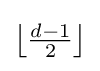
\textstyle \left\lfloor {{d-1} \over 2}\right\rfloor